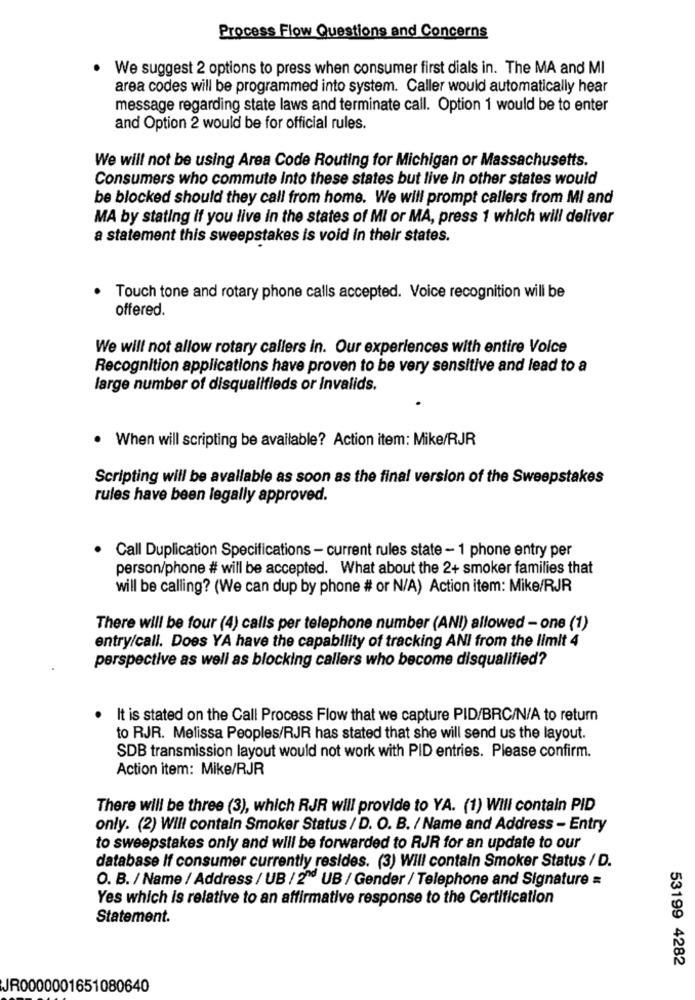
Process Flow Questions and Concerns
We suggest 2 options to press when consumer first dials in. The MA and MI
area codes will be programmed into system. Caller would automatically hear
message regarding state laws and terminate call. Option 1 would be to enter
and Option 2 would be for official rules.
We will not be using Area Code Routing for Michigan or Massachusetts.
Consumers who commute Into these states but live In other states would
be blocked should they call from home. We will prompt callers from Mi and
MA by stating if you live in the states of Mi or MA, press 1 which will deliver
a statement this sweepstakes is void in their states.
.
Touch tone and rotary phone calls accepted. Voice recognition will be
offered.
We will not allow rotary callers in. Our experiences with entire Voice
Recognition applications have proven to be very sensitive and lead to a
large number of disqualifieds or invalids.
When will scripting be available? Action item: Mike/RJR
Scripting will be available as soon as the final version of the Sweepstakes
rules have been legally approved.
· Call Duplication Specifications - current rules state - 1 phone entry per
person/phone # will be accepted. What about the 2+ smoker families that
will be calling? (We can dup by phone # or N/A) Action item: Mike/RJR
There will be four (4) calls per telephone number (ANI) allowed - one (1)
entry/call. Does YA have the capability of tracking ANI from the limit 4
perspective as well as blocking callers who become disqualified?
It is stated on the Call Process Flow that we capture PID/BRC/N/A to return
to RJR. Melissa Peoples/RJR has stated that she will send us the layout.
SDB transmission layout would not work with PID entries. Please confirm.
Action item: Mike/RJR
There will be three (3), which RJR will provide to YA. (1) Will contain PID
only. (2) Will contain Smoker Status / D. O. B. / Name and Address - Entry
to sweepstakes only and will be forwarded to RJR for an update to our
database If consumer currently resides. (3) Will contain Smoker Status / D.
O. B. / Name / Address / UB / 2" UB / Gender / Telephone and Signature =
Yes which is relative to an affirmative response to the Certification
Statement.
53199 4282
JR0000001651080640